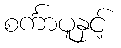
စင်္ကာပူနှင့်